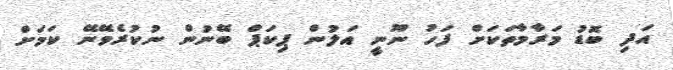
އަދި ބޮޑު މަރާމާތަކަށް ފަހު ނޫނީ އަލުން ޕިކަޕް ބޭނުން ނުކުރެވޭނޭ ކަމަށް